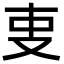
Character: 叓